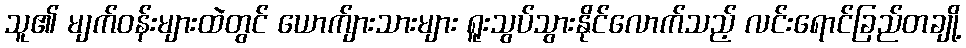
သူ၏ မျက်ဝန်းများထဲတွင် ယောက်ျားသားများ ရူးသွပ်သွားနိုင်လောက်သည့် လင်းရောင်ခြည်တချို့